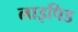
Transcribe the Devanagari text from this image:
लाइपिड